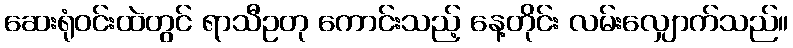
ဆေးရုံဝင်းထဲတွင် ရာသီဥတု ကောင်းသည့် နေ့တိုင်း လမ်းလျှောက်သည်။